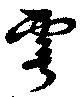
雩